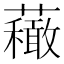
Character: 𧄆